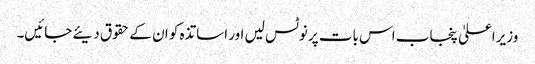
وزیراعلیٰ پنجاب اس بات پر نوٹس لیں اور اساتذہ کو ان کے حقوق دیئے جائیں۔